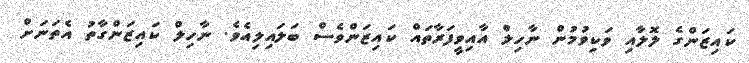
ކައިޒަންގެ ލޮލާއި ވަކިވުމުން ނާހިލް އާއިވީފަރާތައް ކައިޒަންވެސް ބަލައިލިއެވެ. ނާހިލް ކައިޒަންގާތު އެތަނަށް